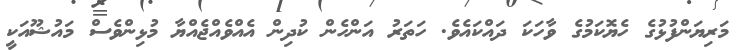
މަރިޔަންފުޅުގެ ހެޔޮކަމުގެ ވާހަކަ ދައްކައެވެ. ހަތަރު އަންހެން ކުދިން އެއްވެއްޖެއްޔާ މުޅިންވެސް މައުޝޫއަކީ